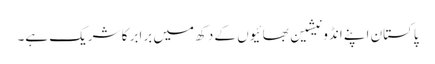
پاکستان اپنے انڈونیشین بھائیوں کے دکھ میں برابر کا شریک ہے۔